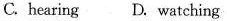
C.hearing D.watching